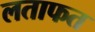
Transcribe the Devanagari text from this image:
लताफत